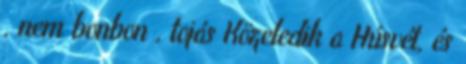
, nem bonbon , tojás Közeledik a Húsvét, és